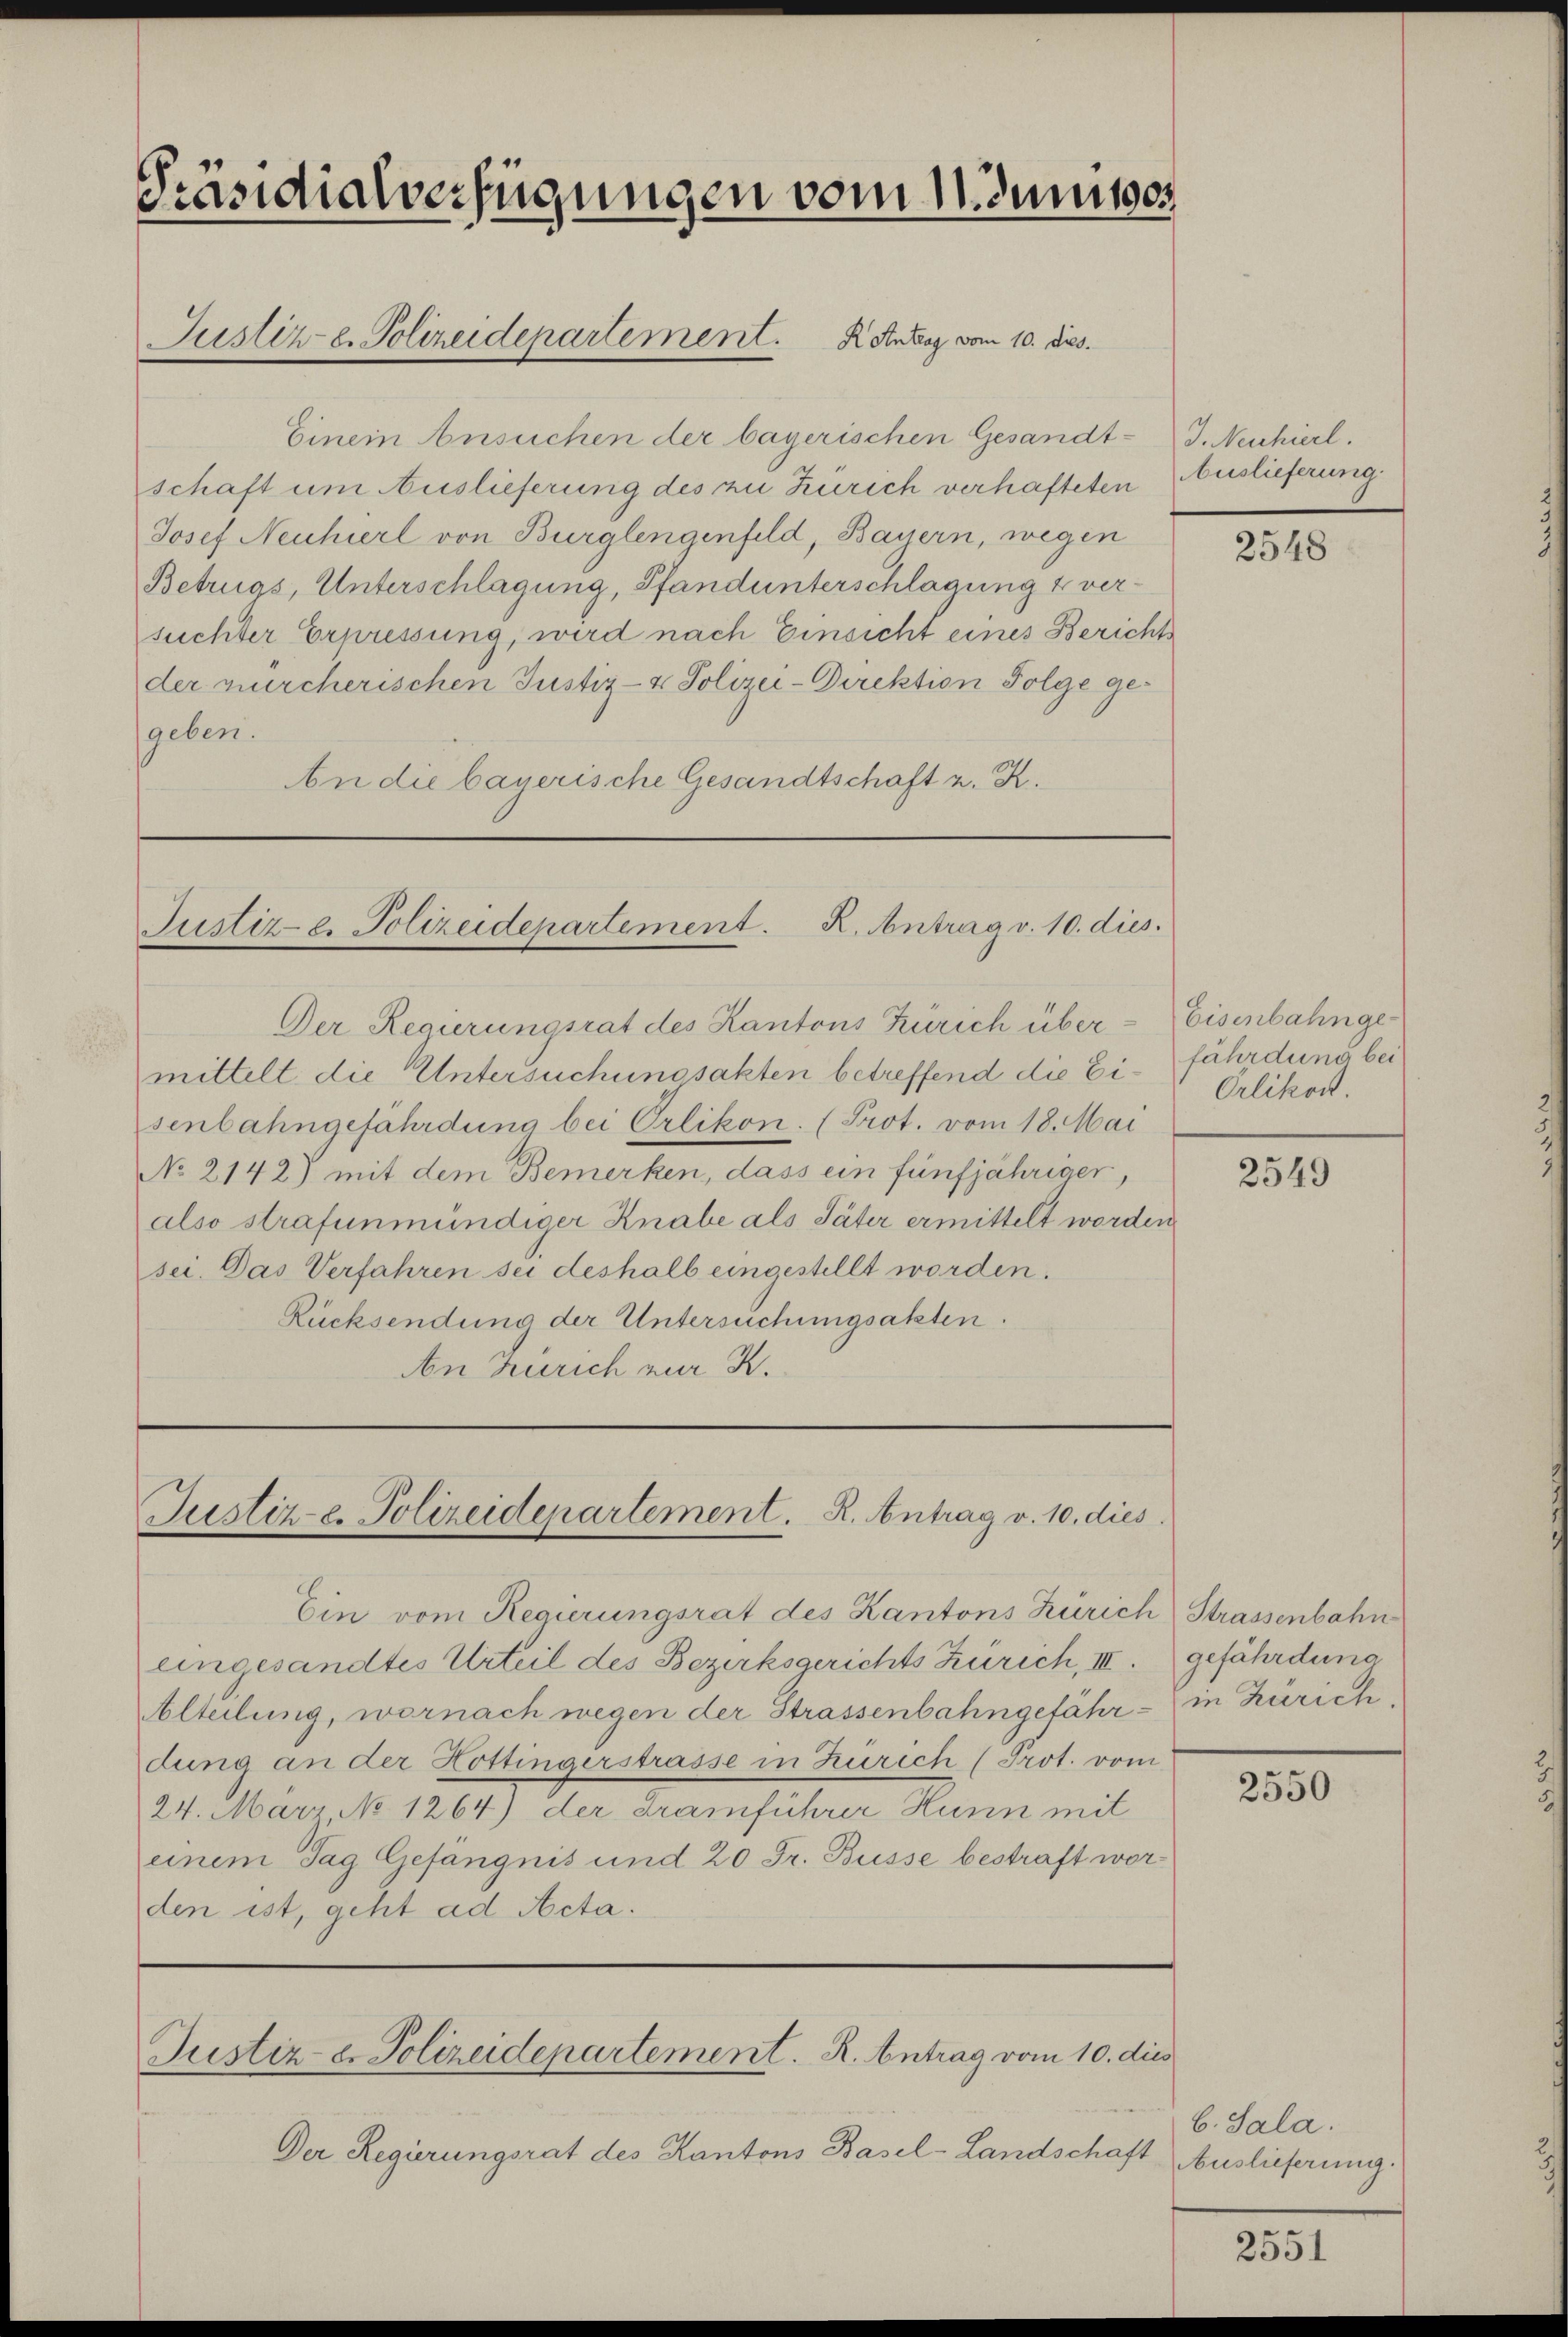
Präsidialverfügungen vom 11 Junises
Justiz-C. Polizeidepartement. Aubry vom 10. Jes.

Einein Ansuchen der bayerischen Gesandt-J. Neuhierl.
schaft um Auslieferung des zu Zürich verhafteten Auslieferung
Josef Neuhierl von Burglengenfeld, Bauern, wegen
Betrugs, Unterschlagung, Pfandunterschlagung 2 versuchter Erpressung, wird nach Einsicht eines Berichts
der zürcherischen Justiz- & Polizei-Direktion Folge gegeben.
An die bayerische Gesandtschaft z. K.

Justiz- u. Polizeidepartement. K. Antrag v. 10. dies

Der Regierungsrat des Kantons Zürich übermittelt die Untersuchungsakten betreffend die Eisenbahngefährdung bei Orlikon. (Prot. vom 18. Mai
No 2142) mit dem Bemerken, dass ein fünfjähriger,
also strafunmündiger Knabe als Täter ermittelt worden
sei. Das Verfahren sei deshalb eingestellt worden.
Rücksendung der Untersuchungsakten.
An Zürich zur K.

Justiz u. Polizeidepartement. R. Antrag v. 10. dies

Ein vom Regierungsrat des Kantons Zürich Strassenbahn
eingesandtes Urteil des Bezirksgerichts Zürich, III. gefährdung
Alteilung, wornach wegen der Strassenbahngefähr - in Zürich,
dung an der Hottingerstrasse in Zürich (Prot. vom
24. März No 1264) der Gramführer Hunn mit
einem Tag Gefängnis und 20 Fr. Busse bestraft worden ist, geht ad Acta.

Justiz- u. Polizeidepartement. R. Antrag vom 10. dies

Der Regierungsrat des Kantons Basel-Landschaft Auslieferung.

2548

Eisenbahnge-
fährdung bei
Orlikon.

2549

2550

b. Sala.

2551